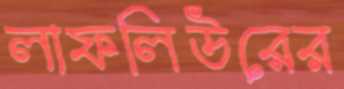
লাফলিউরের